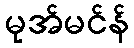
မုအ်မင်န်